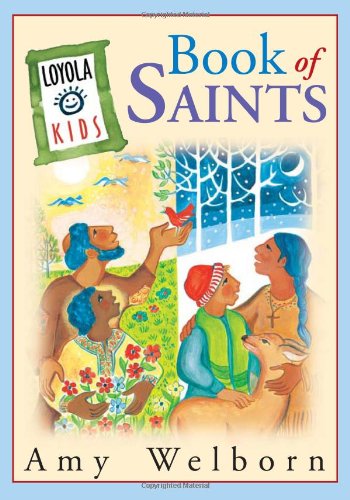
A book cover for Loyola Kids Book of  Saints; Amy Welborn; Christian Books & Bibles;